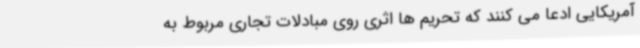
آمریکایی ادعا می کنند که تحریم ها اثری روی مبادلات تجاری مربوط به